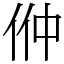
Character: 㑖